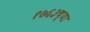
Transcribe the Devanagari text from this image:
१७६३च्या